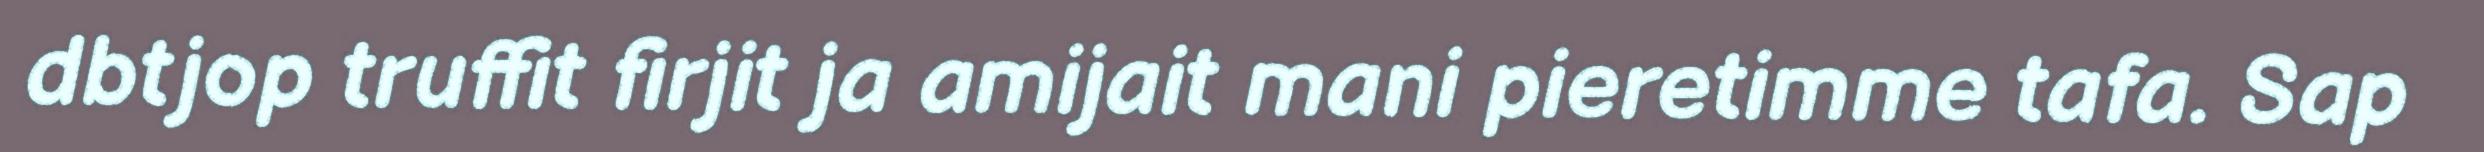
dbtjop truffit firjit ja amijait mani pieretimme tafa. Sap